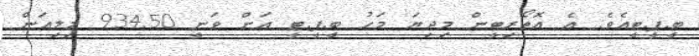
ބީ.ޕީ.ޓީއެވެ. އެ އޮތޯރިޓީން މިދިޔަ މަހު ބީ.ޕީ.ޓީ އަށް ވަނީ 934.50 މިލިއަން